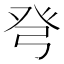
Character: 𰤍